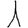
Digit: 1